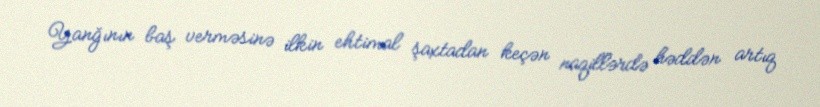
Yanğının baş verməsinə ilkin ehtimal şaxtadan keçən naqillərdə həddən artıq